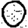
Digit: 0